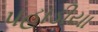
પહાડીયા